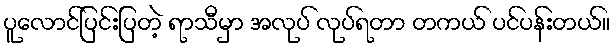
ပူလောင်ပြင်းပြတဲ့ ရာသီမှာ အလုပ် လုပ်ရတာ တကယ် ပင်ပန်းတယ်။